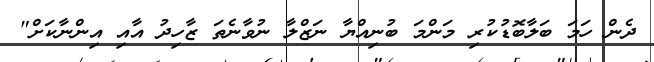
ދެން ހަމަ ބަލާބޮޑުކުރި މަންމަ ބުނިއްޔާ ނަޒްލާ ނުވާނެތަ ޒާހިދު އާއި އިންނާކަށް"